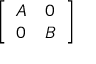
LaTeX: \left[ \begin{array} { l l } { A } & { 0 } \\ { 0 } & { B } \end{array} \right]